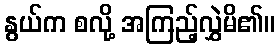
နွယ်က စလို့ အကြည့်လွှဲမိ၏။